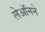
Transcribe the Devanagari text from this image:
लेऑनने